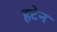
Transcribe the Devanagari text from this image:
हटेन